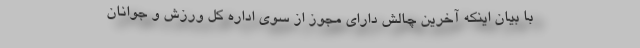
با بیان اینکه آخرین چالش دارای مجوز از سوی اداره کل ورزش و جوانان